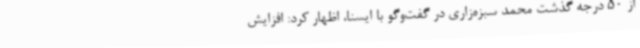
از 50 درجه گذشت محمد سبزه‌زاری در گفت‌وگو با ایسنا، اظهار کرد: افزایش